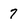
Character: 7